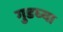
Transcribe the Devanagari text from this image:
गुडघ्या